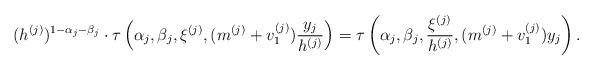
LaTeX: \begin{align*}(h^{(j)})^{1-\alpha_j-\beta_j}\cdot\tau\left(\alpha_j,\beta_j,\xi^{(j)},(m^{(j)}+v_1^{(j)})\frac{y_j}{h^{(j)}}\right)=\tau\left(\alpha_j,\beta_j,\frac{\xi^{(j)}}{h^{(j)}},(m^{(j)}+v_1^{(j)})y_j\right).\end{align*}